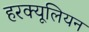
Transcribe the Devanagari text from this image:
हरक्यूलियन